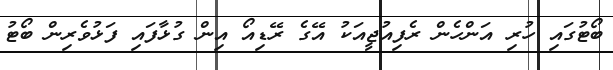
ބޯޓުގައި ހުރި އަންހެން ރެފިއުޖީއަކު އޭގެ ރޭޑިއޯ އިން ގުޅާފައި ފަޅުވެރިން ބޯޓު